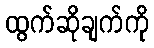
ထွက်ဆိုချက်ကို